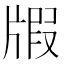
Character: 𤗜